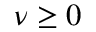
\nu \ge 0